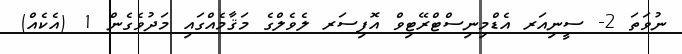
ނުވަތަ 2- ސީނިއަރ އެޑްމިނިސްޓްރޭޓިވް އޮފިސަރ ލެވެލްގެ މަޤާމެއްގައި މަދުވެގެން 1 (އެކެއް)